Indian journal of veterinary science and animal husbandry - Volume 7,
Year: 1937
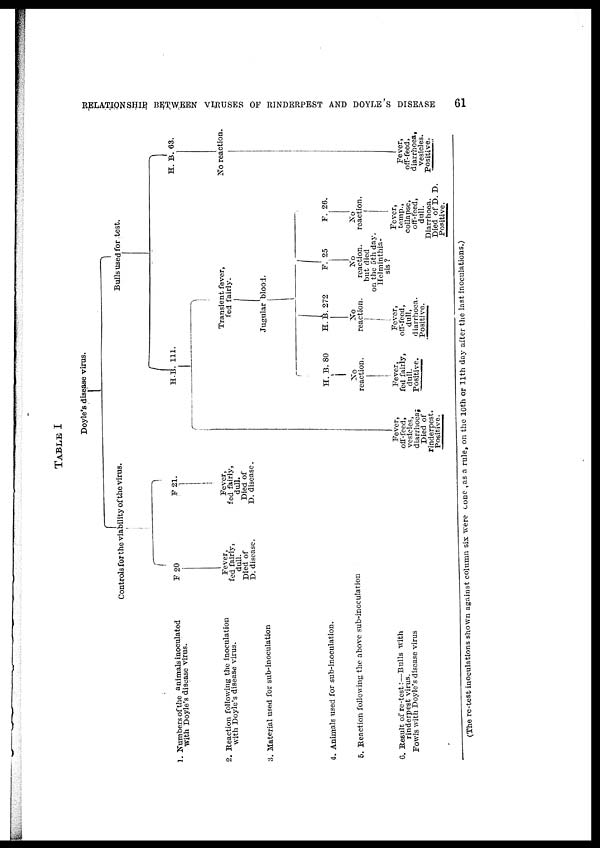
RELATIONSHIP BETWEEN VIRUSES OF RINDERPEST AND DOYLE'S DISEASE
61
TABLE I
(The re-test inoculations shown against column six were cone as a rule, on the 10th or 11th day after the last inoculations.)